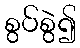
စွပ်စွဲ၍